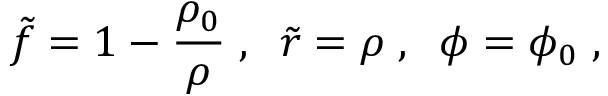
\tilde { f } = 1 - \frac { \rho _ { 0 } } { \rho } \; , \; \; \tilde { r } = \rho \; , \; \; \phi = \phi _ { 0 } \; ,